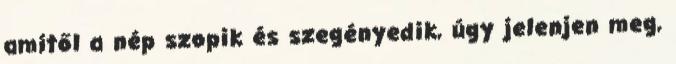
amitől a nép szopik és szegényedik, úgy jelenjen meg,